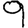
Digit: 9